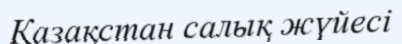
Қазақстан салық жүйесі